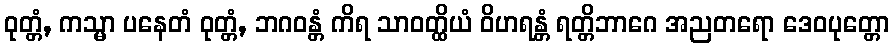
ဝုတ္တံ, ကသ္မာ ပနေတံ ဝုတ္တံ, ဘဂဝန္တံ ကိရ သာဝတ္ထိယံ ဝိဟရန္တံ ရတ္တိဘာဂေ အညတရော ဒေဝပုတ္တော